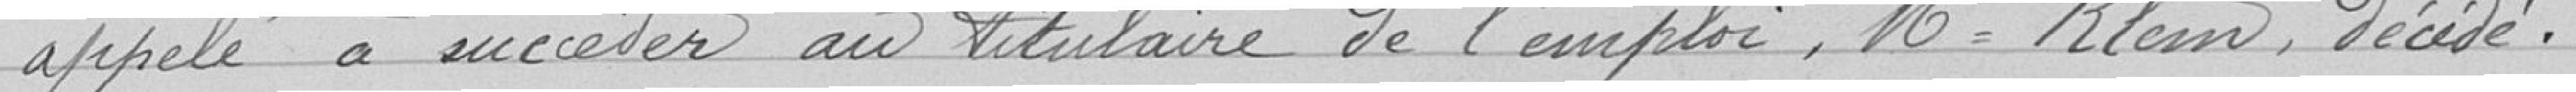
appelé à succéder au titulaire de l'emploi : Monsieur Klein, décidé